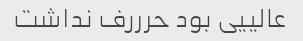
عالییی بود حرررف نداشت